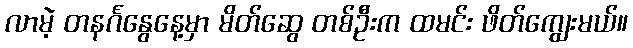
လာမဲ့ တနင်္ဂနွေနေ့မှာ မိတ်ဆွေ တစ်ဦးက ထမင်း ဖိတ်ကျွေးမယ်။